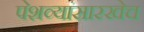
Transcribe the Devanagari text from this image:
पेशव्यांसारखेच